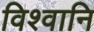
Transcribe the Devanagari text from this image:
विश्वानि